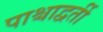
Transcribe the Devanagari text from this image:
पाश्चाद्वर्ती